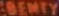
BENTY